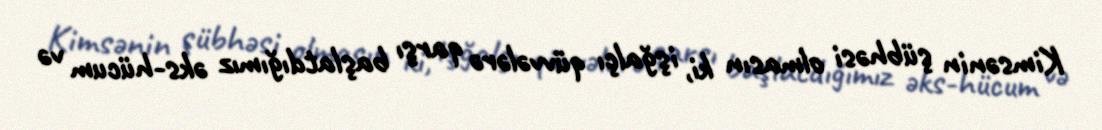
Kimsənin şübhəsi olmasın ki, işğalçı qüvvələrə qarşı başlatdığımız əks-hücum və